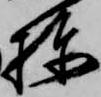
棟